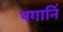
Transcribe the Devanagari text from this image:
पगानिं